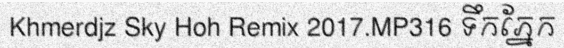
Khmerdjz Sky Hoh Remix 2017.MP316 ទឹកភ្នែក